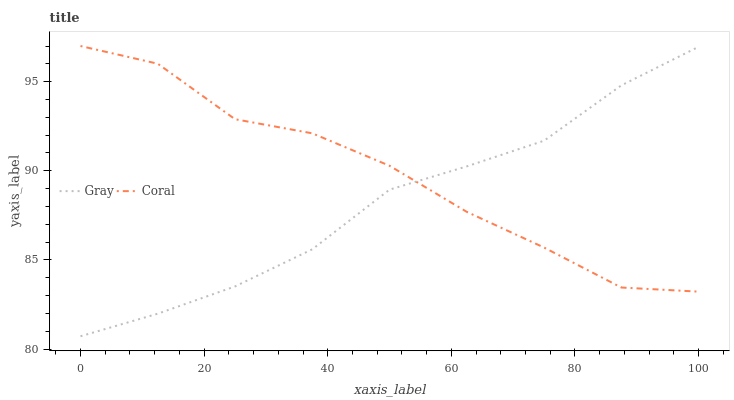
| xaxis_label | Gray | Coral |
 | --- | --- | --- |
 | 0 | 80.7 | 97 |
 | 12.5 | 82 | 96 |
 | 25 | 83.5 | 92.9 |
 | 37.5 | 85.6 | 92.1 |
 | 50 | 88.9 | 90.3 |
 | 62.5 | 90.2 | 87.7 |
 | 75 | 91.7 | 85.7 |
 | 87.5 | 94.8 | 83.5 |
 | 100 | 97 | 83.2 |